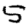
Digit: 5